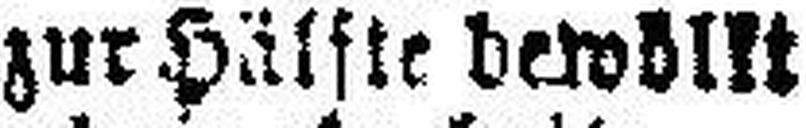
zur Hälfte bewölkt